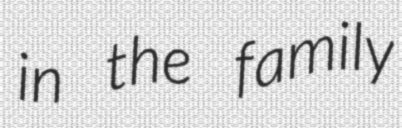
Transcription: in the family